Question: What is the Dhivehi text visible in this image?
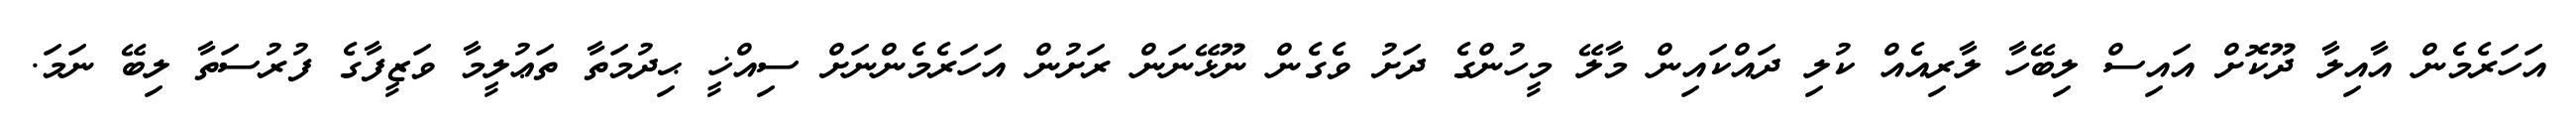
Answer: އަހަރެމެން އާއިލާ ދޫކޮށް އައިސް ލިބޭހާ ލާރިއެއް ކުލި ދައްކައިން މާލޭ މީހުންގެ ދަށު ވެގެން ނޫޅޭނަން ރަށުން އަހަރެމެންނަށް ސިއްޚީ ޙިދުމަތާ ތަޢުލީމާ ވަޒީފާގެ ފުރުސަތާ ލިބޭ ނަމަ.